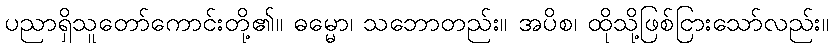
ပညာရှိသူတော်ကောင်းတို့၏။ ဓမ္မော၊ သဘောတည်း။ အပိစ၊ ထိုသို့ဖြစ်ငြားသော်လည်း။